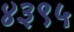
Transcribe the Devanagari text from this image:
४३९५